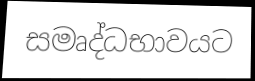
සමෘද්ධභාවයට